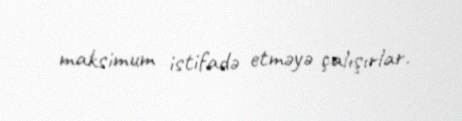
maksimum istifadə etməyə çalışırlar.